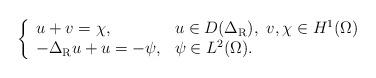
LaTeX: \begin{align*}\left\{ \begin{array}{ll} u + v = \chi, & u\in D(\Delta_{\rm{R}}), \ v,\chi\in H^1(\Omega) \\ -\Delta_{\rm{R}} u + u = -\psi, & \psi \in L^2(\Omega). \end{array} \right.\end{align*}